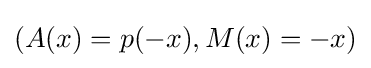
(A(x)=p(-x),M(x)=-x)